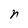
Character: n